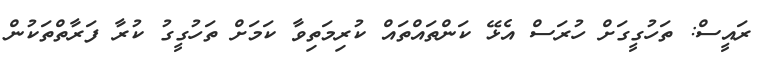
ރައީސް: ތަހުގީގަށް ހުރަސް އެޅޭ ކަންތައްތައް ކުރިމަތިވާ ކަމަށް ތަހުގީގު ކުރާ ފަރާތްތަކުން